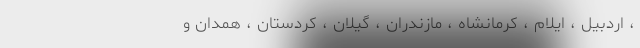
، اردبیل ، ایلام ، کرمانشاه ، مازندران ، گیلان ، کردستان ، همدان و